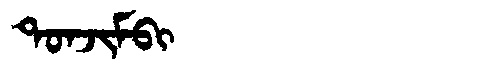
Manchu: ᡨᠣᠨᠵᡳᠮᠪᡳ
Romanization: TONJIMBI